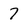
Character: 7